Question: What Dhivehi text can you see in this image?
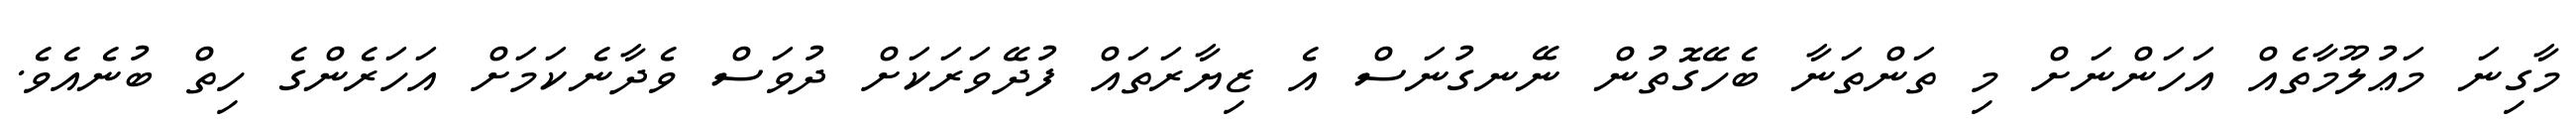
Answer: މާގިނަ މަޢުލޫމާތެއް އަހަންނަށް މި ތަންތަނާ ބެހޭގޮތުން ނޭނގުނަސް އެ ޒިޔާރަތައް ފުދޭވަރަކަށް ދުވަސް ވެދާނެކަމަށް އަހަރެންގެ ހިތް ބުނެއެވެ.